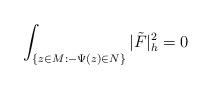
LaTeX: \begin{align*}\int_{\{z\in M:-\Psi(z)\in N\}}|\tilde{F}|^2_h=0 \end{align*}